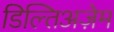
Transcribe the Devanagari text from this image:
डिल्तिअज़ेम